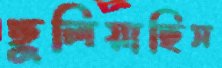
ছুলিয়াছিস